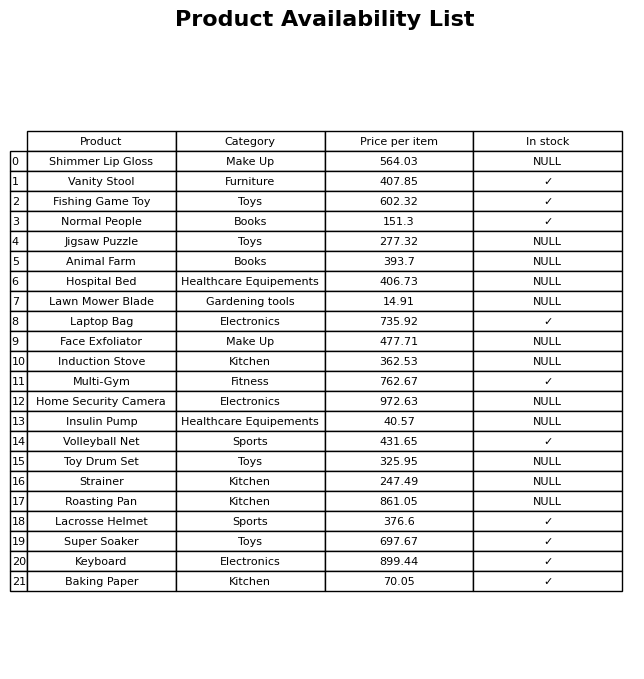
question: What is the price of the Multi-Gym?
answer: The price of Multi-Gym is 762.67.